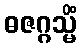
ဓဇဂ္ဂသ္မိံ